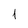
Character: 1